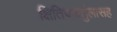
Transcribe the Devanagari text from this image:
क्षितिजवर्तुलासह